Leaving Certificate Examination (including Day School Certificate (Higher) General paper), 1937
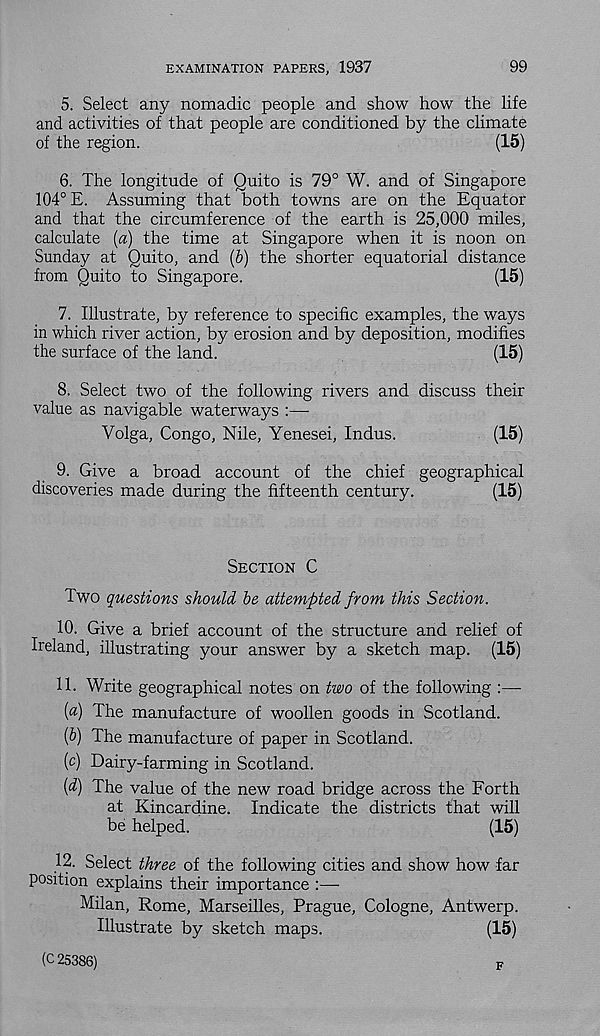
EXAMINATION PAPERS, 1937
99
5. Select any nomadic people and show how the life
and activities of that people are conditioned by the climate
of the region.
(15)
6. The longitude of Quito is 79° W. and of Singapore
104° E. Assuming that both towns are on the Equator
and that the circumference of the earth is 25,000 miles,
calculate {a) the time at Singapore when it is noon on
Sunday at Quito, and (b) the shorter equatorial distance
from Quito to Singapore.
(15)
7. Illustrate, by reference to specific examples, the ways
in which river action, by erosion and by deposition, modifies
the surface of the land.
(15)
8. Select two of the following rivers and discuss their
value as navigable waterways :—
Volga, Congo, Nile, Yenesei, Indus.
(15)
9. Give a broad account of the chief geographical
discoveries made during the fifteenth century.
(15)
Section C
Two questions should be attempted from this Section.
10. Give a brief account of the structure and relief of
Ireland, illustrating your answer by a sketch map. (15)
11. Write geographical notes on two of the following :—-
[a] The manufacture of woollen goods in Scotland.
(&) The manufacture of paper in Scotland.
( c ) Dairy-farming in Scotland.
[d) The value of the new road bridge across the Forth
at Kincardine. Indicate the districts that will
be helped.
(15)
12. Select three of the following cities and show how far
position explains their importance :—
Milan, Rome, Marseilles, Prague, Cologne, Antwerp.
Illustrate by sketch maps.
(15)
(c 25386)
K